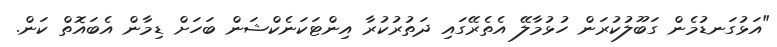
"އަޅުގަނޑުމެން ގަބޫލުކުރަން ހުޅުމާލޭ އެތެރޭގައި ދަތުރުކުރާ އިންޓަކަނެކްޝަން ބަހަށް ޑިމާން އެބައޮތް ކަން.